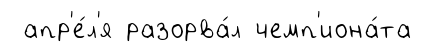
апр'е́л'я разорва́л чемп'иона́та